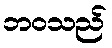
ဘဝသည်